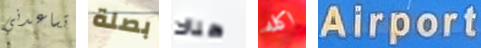
تساعدني بصلة هناك اكله Airport